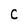
Character: C